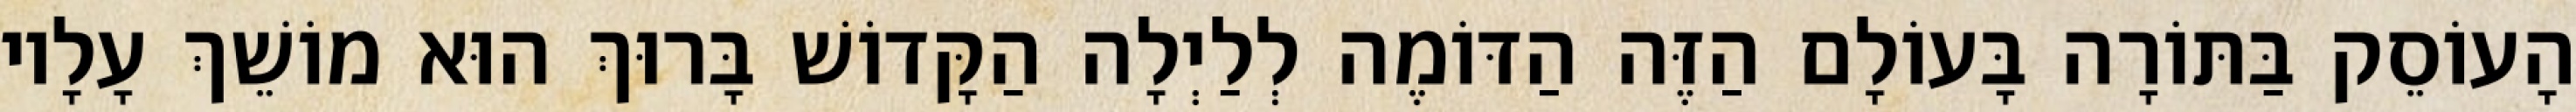
הָעוֹסֵק בַּתּוֹרָה בָּעוֹלָם הַזֶּה הַדּוֹמֶה לְלַיְלָה הַקָּדוֹשׁ בָּרוּךְ הוּא מוֹשֵׁךְ עָלָיו